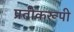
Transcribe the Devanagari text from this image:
प्रतीकरूपी